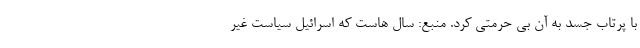
با پرتاب جسد به آن بی حرمتی کرد. منبع: سال هاست که اسرائیل سیاست غیر